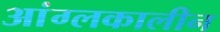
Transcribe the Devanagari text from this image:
आंग्लकालीन